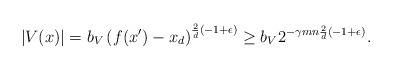
LaTeX: \begin{align*} |V(x)| = b_V \left(f(x') - x_d\right)^{\frac{2}{d} (-1 + \epsilon)} \geq b_V 2^{- \gamma m n\frac{2}{d} (-1 + \epsilon)} .\end{align*}